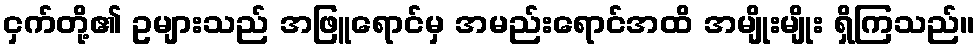
ငှက်တို့၏ ဥများသည် အဖြူရောင်မှ အမည်းရောင်အထိ အမျိုးမျိုး ရှိကြသည်။